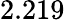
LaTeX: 2.219